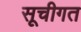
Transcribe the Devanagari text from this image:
सूचीगत